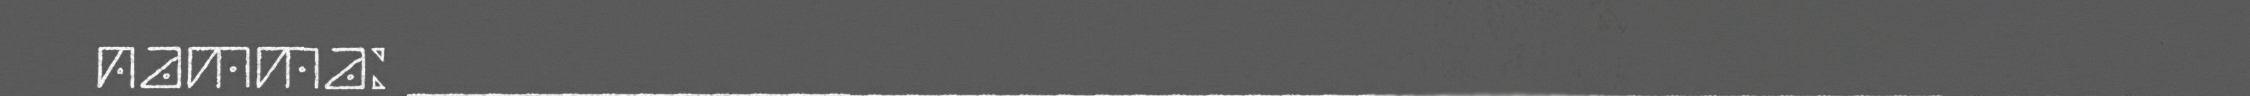
namma: ______________________________________________